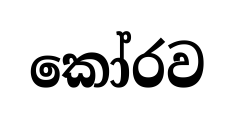
කෝරව